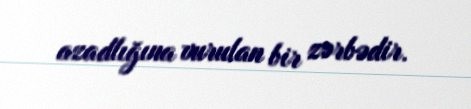
azadlığına vurulan bir zərbədir.